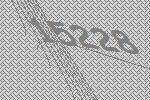
15228